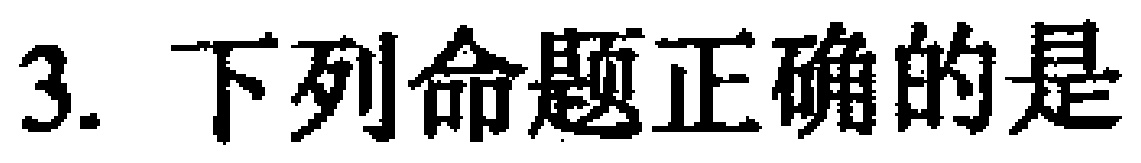
3. 下列命题正确的是